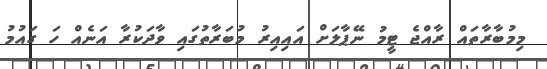
މިމުބާރާތައް ރާއްޖެ ޓީމު ނޭޕާލަށް އައިއިރު މުބަރާތުގައި ވާދަކުރާ އަނެއް ހަ ގައުމު